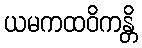
ယမကထဝိကန္တိ